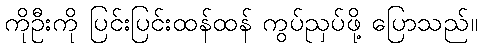
ကိုဦးကို ပြင်းပြင်းထန်ထန် ကွပ်ညှပ်ဖို့ ပြောသည်။